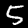
Label: 5